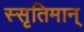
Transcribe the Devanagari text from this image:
स्सृतिमान्